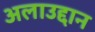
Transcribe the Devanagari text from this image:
अलाउद्दान